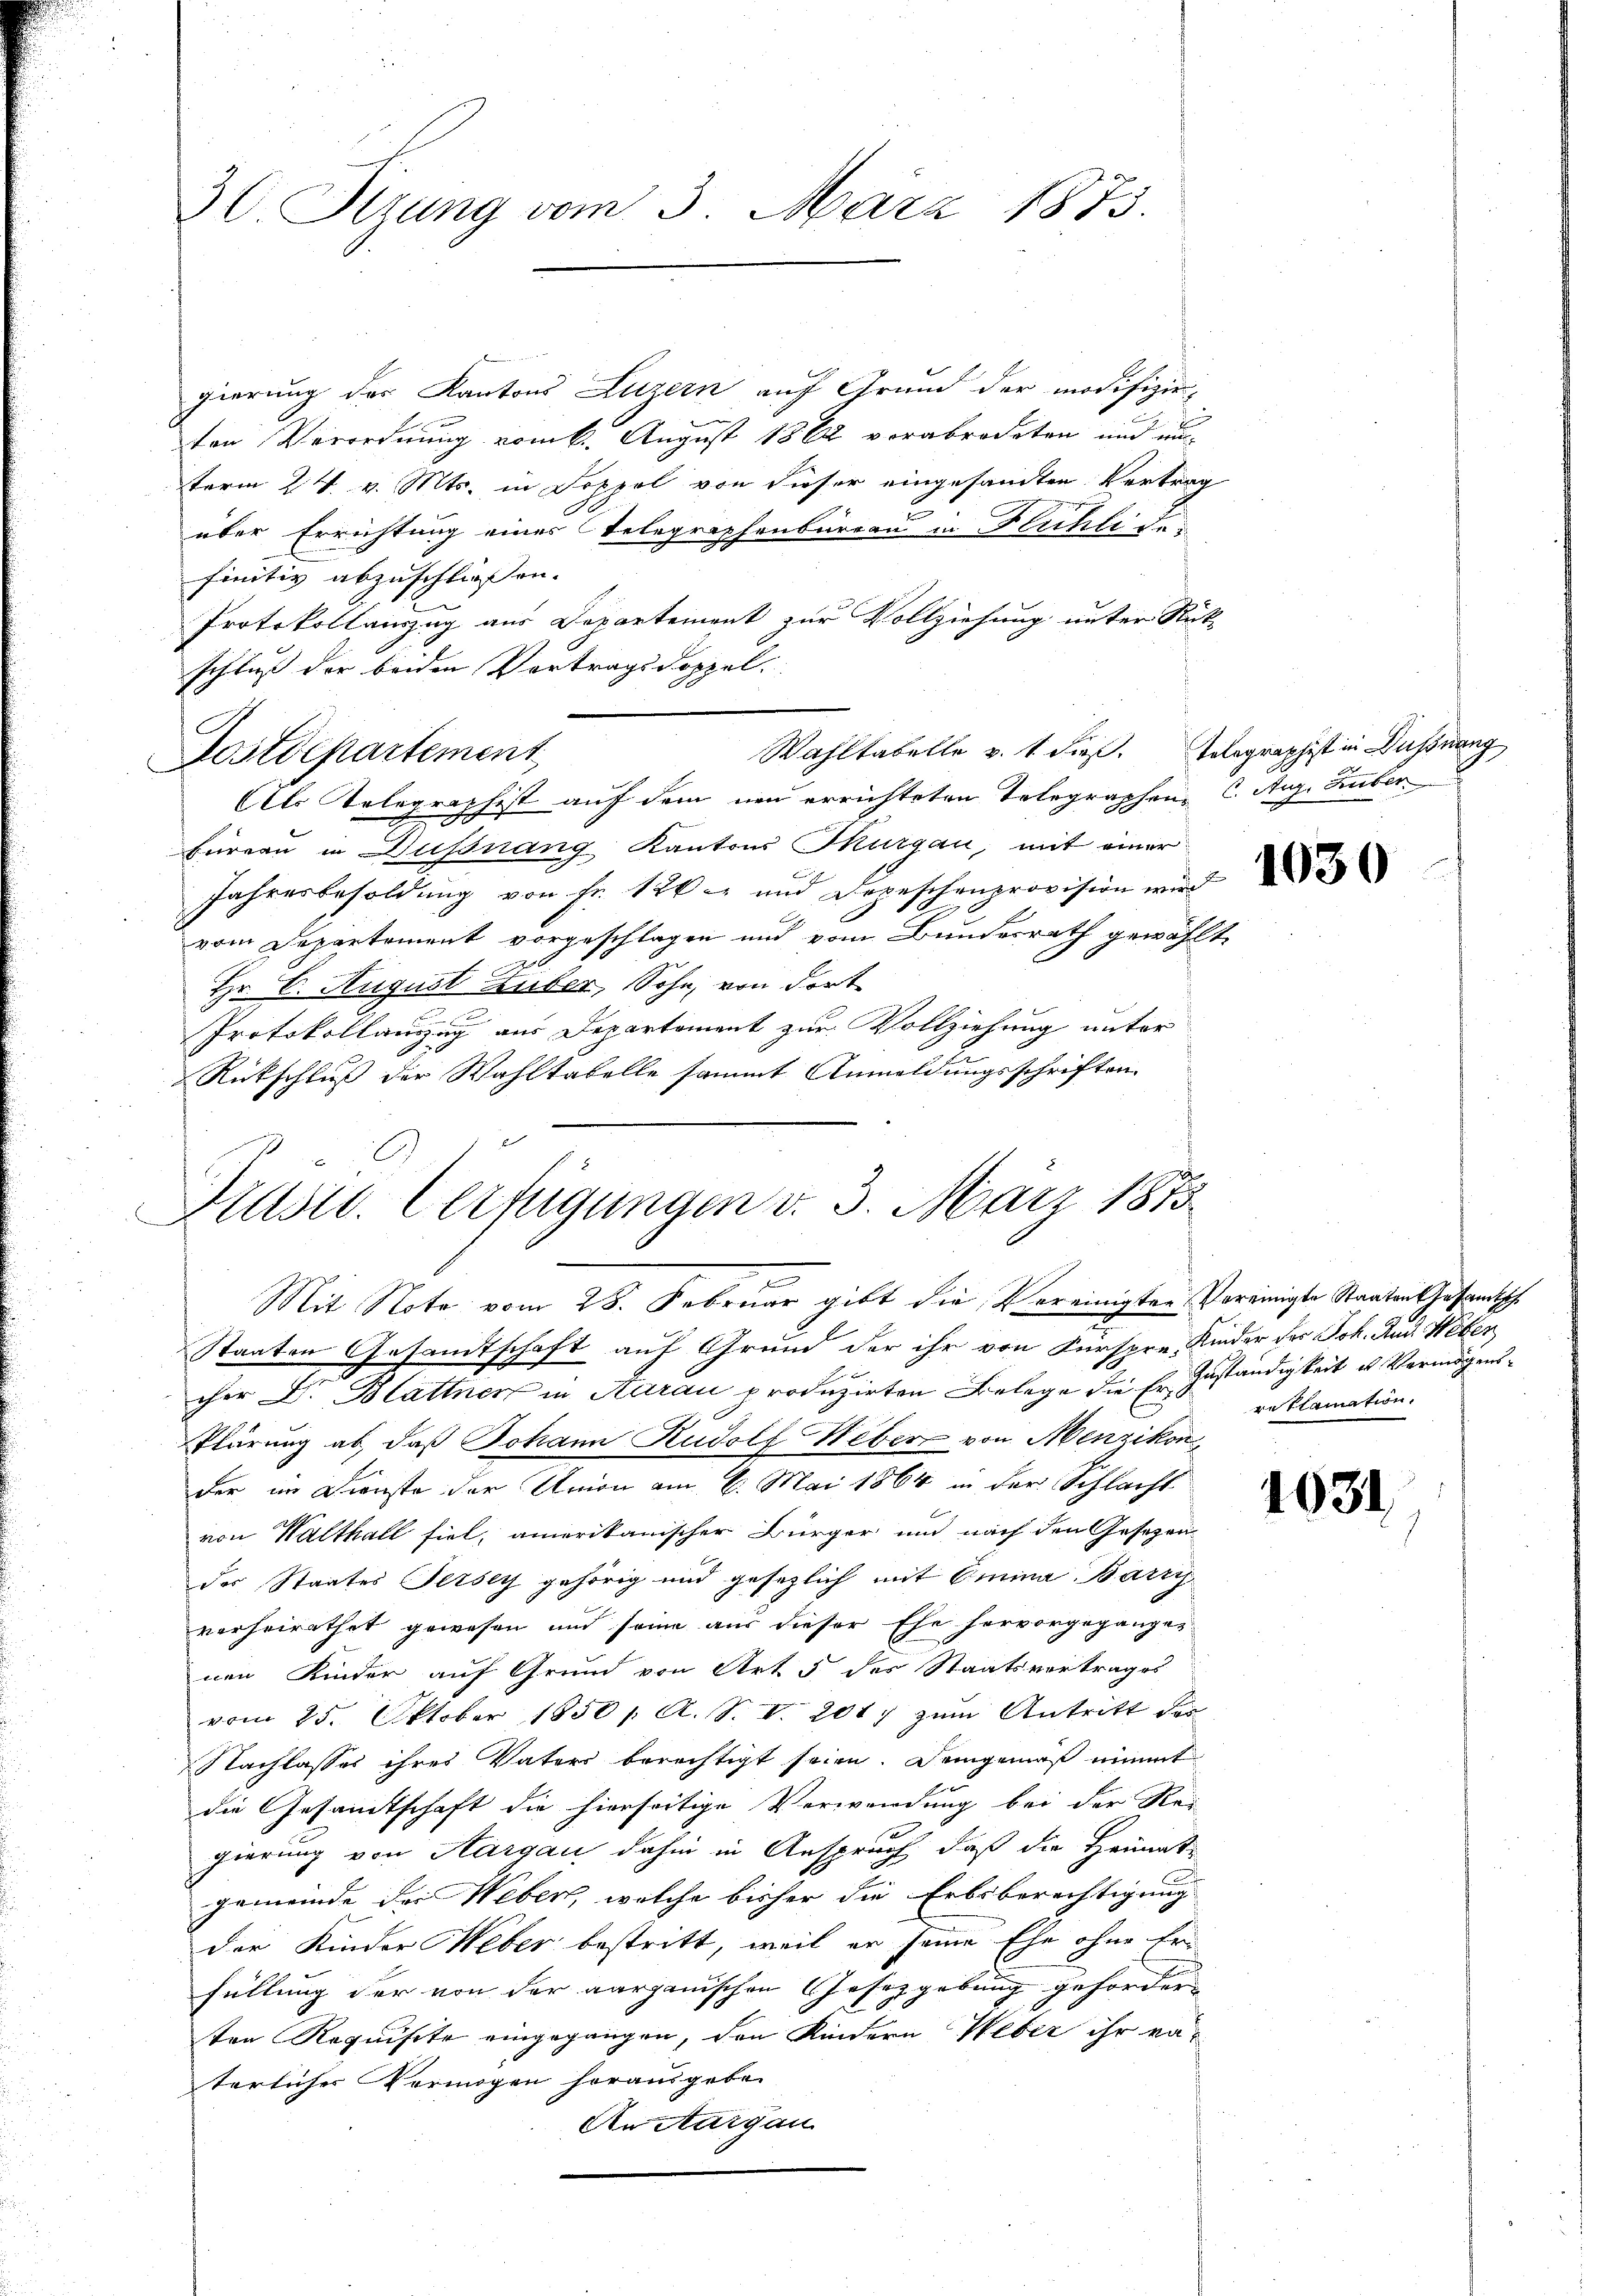
30 Sizung vom 3. März 1873.

gierung der Kantons Luzern auf Grund der modifizie-
ten Verordnung vom 6. August 1862 vorabredeten und unterm 24. v. Mts. in Doppel von dieser eingesandten Vertrag
über Errichtung eines Telegraphenbureau in Fluchli der
finitiv abzuschliessen.
Protokollauszug aus Departement zur Vollziehung unter Rück-
schluß der beiden Vortragsdoppel.
Postdepartement
Als Telegraphist auf dem neu errichteten Telegraphen, 6. Aug. Huber
Fureau in Hussnang Kantons Thurgau, mit einer
Jahresbesoldung von Fr. 126 und Depeschenprovision wird
vom Departement vorgeschlagen und vom Bundesrath gewählte
Hr. C. August Huber, Sohn, von dort
Protokollanzug aus Departement zur Vollziehung unter
Rütschluß der Wahltabelle sammt Anmeldungsschriften.

Wahltabelle v. 1 dieß. Telegraphist in Dußnang

Piusis. Verfügungen d. 3. März 1875.
.
Mit Note vom 28. Februar gibt die Vereinigten Vereinigte Staaten Gesandtsch

Staaten Gesamtschaft auf Grund der ihr von Fürspre, Kinder des Joh. Rud. Weber
cher Dr. Blattner in Aarau produzirten Belege die Er Zuständigkeit u. Vermögens¬
Plärung ab, daß Johann Rudolf Weber von Menzikon
der im Dienste der Union am 6. Mai 1864 in der Schlacht
von Walthall fiel, amerikanischer Bürger und nach den Gesezen
des Staates Jersey gehörig und gesezlich mit Omnina Barry
verheirathet gewesen und seine aus dieser Ehe hervorgegangen
nen Kinder auf Grund von Art. 5 des Staatsvertrages
vom 25. Oktober 1850 / A. S. V. 2017 zum Antritt der
Nachlasses ihres Vaters berechtigt seien. Demgemäß nimmt
die Gesamtschaft die hierseitige Verwendung bei der Rei-
gierung von Aargau dahin in Anspruch, daß die Heimatgemeinde der Weber, welche bisher die Erbsberechtigung
der Kinder Weber bestritt, weil er seine Ehe ohne Er
füllung der von der aarganischen Gesetzgebung geforder
ten Requisite eingegangen, den Kindern Weber ihr vaterlicher Vermögen horausgeben
An Aargau

reslamation.

1031